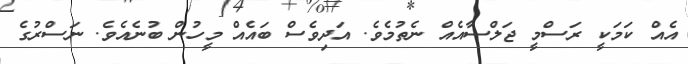
އެއް ކަމަކީ ރަސްމީ ޖަލްސާއެއް ނެތުމެވެ. އަދިވެސް ބައެއް މީހުން ބުނެއެވެ. ނަސްރުގެ